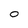
Character: 0